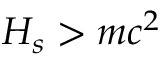
H _ { s } > m c ^ { 2 }